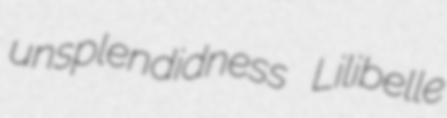
unsplendidness Lilibelle